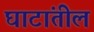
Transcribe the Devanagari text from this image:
घाटांतील